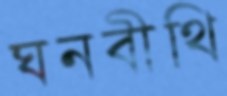
ঘনবীথি